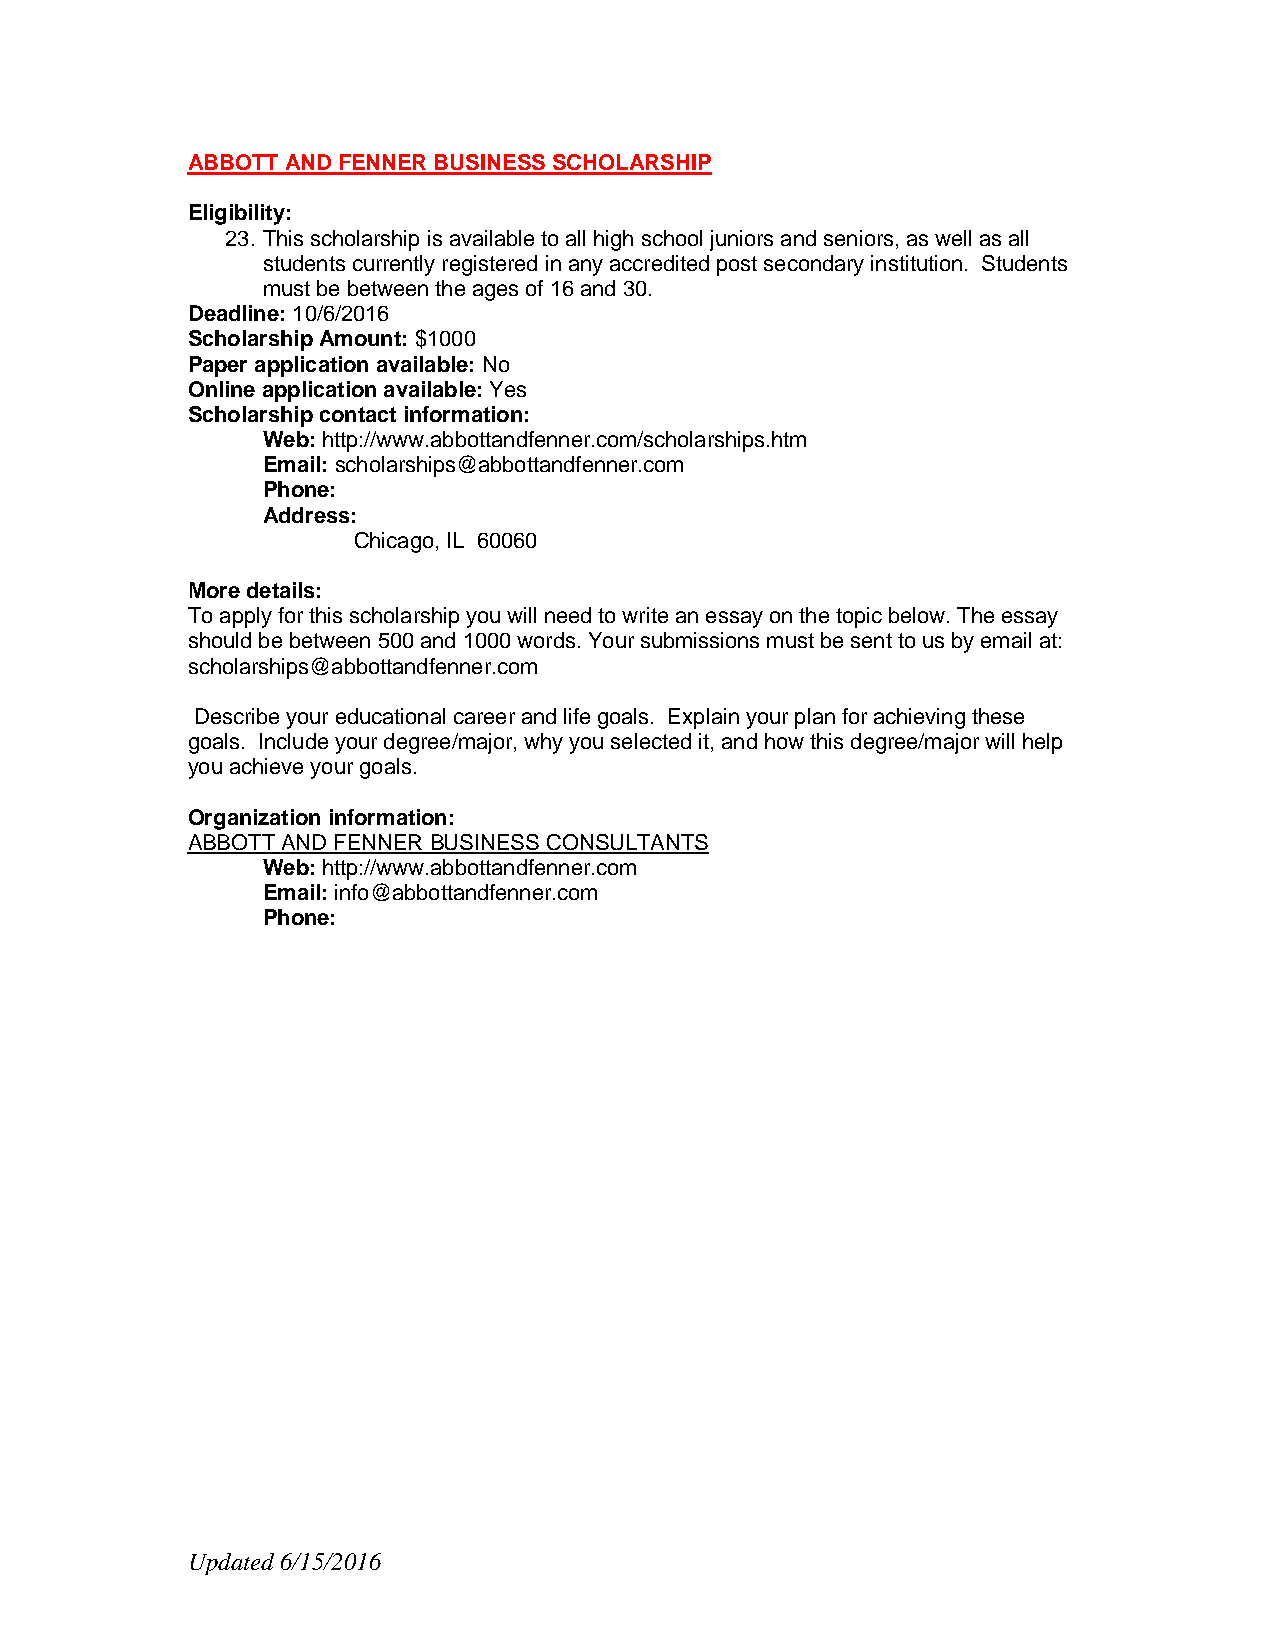
ABBOTT AND FENNER BUSINESS SCHOLARSHIP
 Eligibility:
 23. This scholarship is available to all high school juniors and seniors, as well as all
 students currently registered in any accredited post secondary institution. Students
 must be between the ages of 16 and 30.
 Deadline: 10/6/2016
 Scholarship Amount: $1000
 Paper application available: No
 Online application available: Yes
 Scholarship contact information:
 Web: http://www.abbottandfenner.com/scholarships.htm
 Email: scholarships@abbottandfenner.com
 Phone:
 Address:
 Chicago, IL 60060
 More details:
 To apply for this scholarship you will need to write an essay on the topic below. The essay
 should be between 500 and 1000 words. Your submissions must be sent to us by email at:
 scholarships@abbottandfenner.com
 Describe your educational career and life goals. Explain your plan for achieving these
 goals. Include your degree/major, why you selected it, and how this degree/major will help
 you achieve your goals.
 Organization information:
 ABBOTT AND FENNER BUSINESS CONSULTANTS
 Web: http://www.abbottandfenner.com
 Email: info@abbottandfenner.com
 Phone:
 Updated 6/15/2016